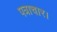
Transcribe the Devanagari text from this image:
पत्राचार।